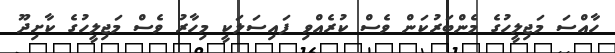
ހާއްސަ މަޖިލީހުގެ މެންބަރުކަން ވެސް ކުރެއްވި ފައިސަލަކީ މިހާރު ވެސް މަޖިލީހުގެ ކާށިދޫ